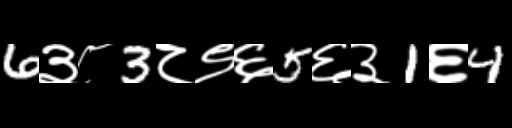
Text: 6३८3८९६5६३1६4